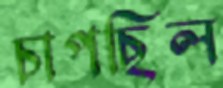
চাপছিল